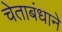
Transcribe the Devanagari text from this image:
चेताबंधाने